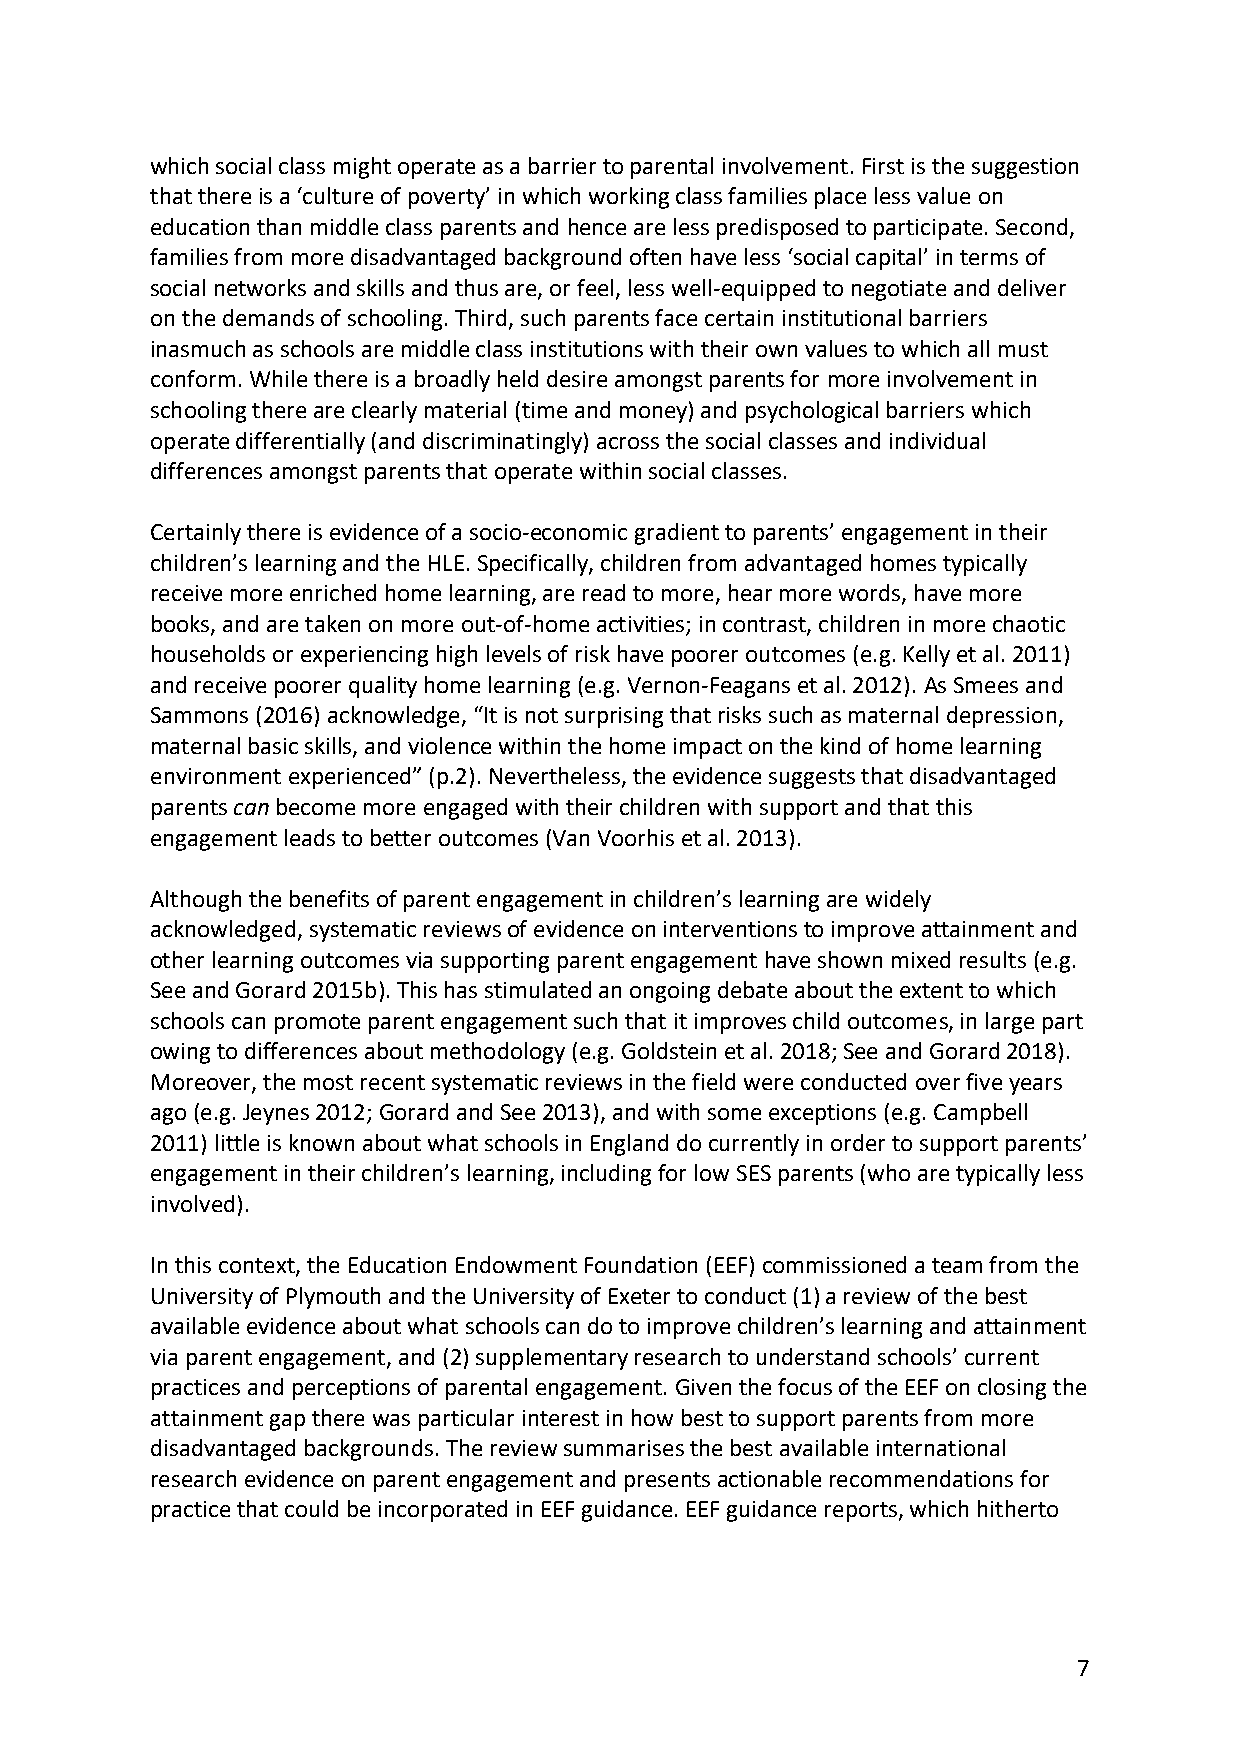
which social class might operate as a barrier to parental involvement. First is the suggestion
 that there is a ‘culture of poverty’ in which working class families place less value on
 education than middle class parents and hence are less predisposed to participate. Second,
 families from more disadvantaged background often have less ‘social capital’ in terms of
 social networks and skills and thus are, or feel, less well-equipped to negotiate and deliver
 on the demands of schooling. Third, such parents face certain institutional barriers
 inasmuch as schools are middle class institutions with their own values to which all must
 conform. While there is a broadly held desire amongst parents for more involvement in
 schooling there are clearly material (time and money) and psychological barriers which
 operate differentially (and discriminatingly) across the social classes and individual
 differences amongst parents that operate within social classes.
 Certainly there is evidence of a socio-economic gradient to parents’ engagement in their
 children’s learning and the HLE. Specifically, children from advantaged homes typically
 receive more enriched home learning, are read to more, hear more words, have more
 books, and are taken on more out-of-home activities; in contrast, children in more chaotic
 households or experiencing high levels of risk have poorer outcomes (e.g. Kelly et al. 2011)
 and receive poorer quality home learning (e.g. Vernon-Feagans et al. 2012). As Smees and
 Sammons (2016) acknowledge, “It is not surprising that risks such as maternal depression,
 maternal basic skills, and violence within the home impact on the kind of home learning
 environment experienced” (p.2). Nevertheless, the evidence suggests that disadvantaged
 parents can become more engaged with their children with support and that this
 engagement leads to better outcomes (Van Voorhis et al. 2013).
 Although the benefits of parent engagement in children’s learning are widely
 acknowledged, systematic reviews of evidence on interventions to improve attainment and
 other learning outcomes via supporting parent engagement have shown mixed results (e.g.
 See and Gorard 2015b). This has stimulated an ongoing debate about the extent to which
 schools can promote parent engagement such that it improves child outcomes, in large part
 owing to differences about methodology (e.g. Goldstein et al. 2018; See and Gorard 2018).
 Moreover, the most recent systematic reviews in the field were conducted over five years
 ago (e.g. Jeynes 2012; Gorard and See 2013), and with some exceptions (e.g. Campbell
 2011) little is known about what schools in England do currently in order to support parents’
 engagement in their children’s learning, including for low SES parents (who are typically less
 involved).
 In this context, the Education Endowment Foundation (EEF) commissioned a team from the
 University of Plymouth and the University of Exeter to conduct (1) a review of the best
 available evidence about what schools can do to improve children’s learning and attainment
 via parent engagement, and (2) supplementary research to understand schools’ current
 practices and perceptions of parental engagement. Given the focus of the EEF on closing the
 attainment gap there was particular interest in how best to support parents from more
 disadvantaged backgrounds. The review summarises the best available international
 research evidence on parent engagement and presents actionable recommendations for
 practice that could be incorporated in EEF guidance. EEF guidance reports, which hitherto
 7